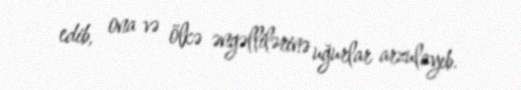
edib, ona və ölkə əngəllilərinə uğurlar arzulayıb.